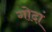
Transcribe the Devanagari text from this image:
गोदां